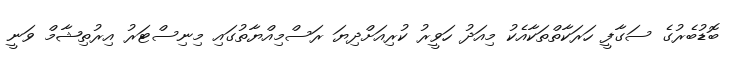
ބޮޑުބެރުގެ ސަގާފީ ހަރަކާތްތަކާއެކު މިއަދު ހަވީރު ކުރިއަށްދިޔަ ރަސްމިއްޔާތުގައި މިނިސްޓަރު އިރުތިޝާމް ވަނީ